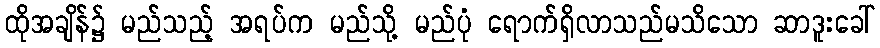
ထိုအချိန်၌ မည်သည့် အရပ်က မည်သို့ မည်ပုံ ရောက်ရှိလာသည်မသိသော ဆာဒူးခေါ်